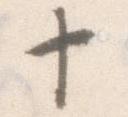
十